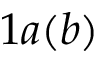
1 a ( b )